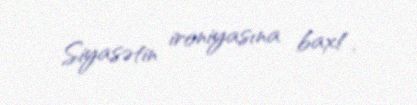
Siyasətin ironiyasına bax!.